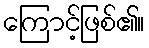
ကြောင့်ဖြစ်၏။